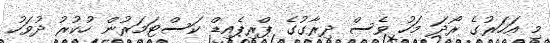
މި އަހަރުގެ ރޯދަ މަހު ވެސް ދިރާގުގެ ޕްރިޕެއިޑް ކަސްޓަމަރުން ހުކުރު ދުވަހު